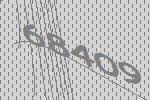
68409